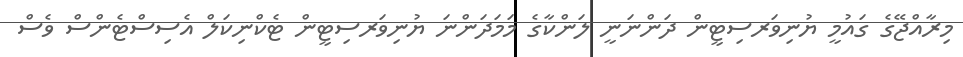
މިރާއްޖޭގެ ގައުމީ ޔުނިވަރސިޓީން ދަންނަނީ ލަންކާގެ މަމަދަންނަ ޔުނިވަރސިޓީން ޓެކްނިކަލް އެސިސްޓެންސް ވެސް